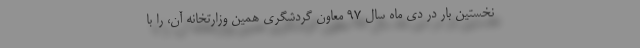
نخستین بار در دی ماه سال ۹۷ معاون گردشگری همین وزارتخانه آن، را با